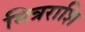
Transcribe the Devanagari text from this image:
मित्रराशि